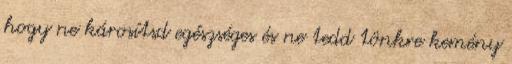
hogy ne károsítsd egészséges és ne tedd tönkre kemény